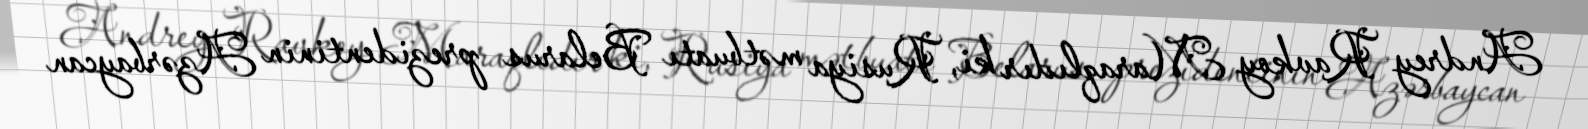
Andrey Ravkoy Maraqlıdır ki, Rusiya mətbuatı Belarus prezidentinin Azərbaycan